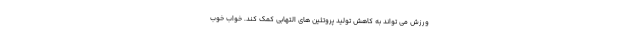
ورزش می تواند به کاهش تولید پروتئین های التهابی کمک کند. خواب خوب